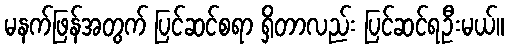
မနက်ဖြန်အတွက် ပြင်ဆင်စရာ ရှိတာလည်း ပြင်ဆင်ရဦးမယ်။